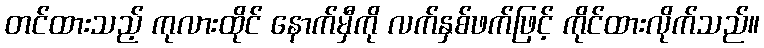
တင်ထားသည့် ကုလားထိုင် နောက်မှီကို လက်နှစ်ဖက်ဖြင့် ကိုင်ထားလိုက်သည်။